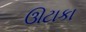
ઊટાકા